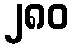
၂၈၀